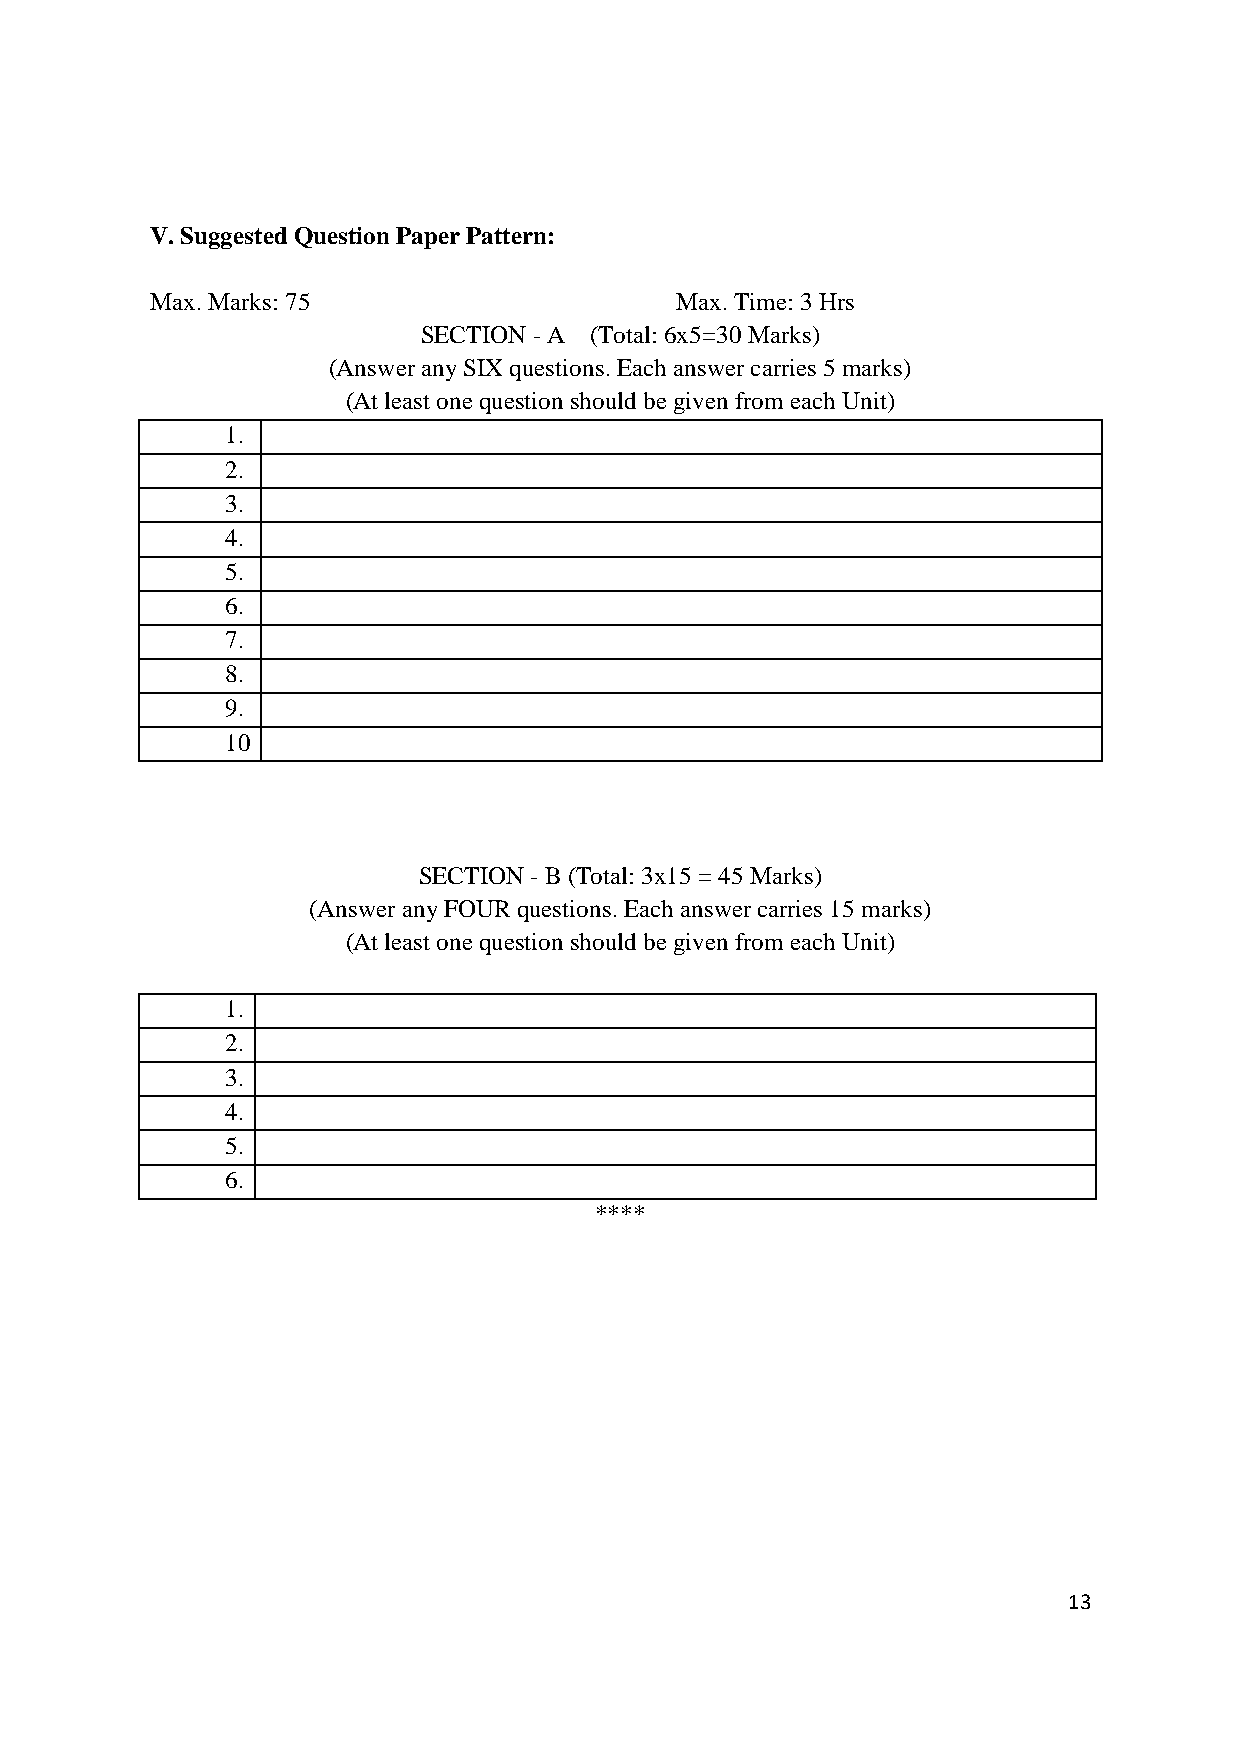
V. Suggested Question Paper Pattern:
 Max. Marks: 75                     Max. Time: 3 Hrs
 SECTION - A (Total: 6x5=30 Marks)
 (Answer any SIX questions. Each answer carries 5 marks)
 (At least one question should be given from each Unit)
 1.
 2.
 3.
 4.
 5.
 6.
 7.
 8.
 9.
 10
 SECTION - B (Total: 3x15 = 45 Marks)
 (Answer any FOUR questions. Each answer carries 15 marks)
 (At least one question should be given from each Unit)
 1.
 2.
 3.
 4.
 5.
 6.
 ****
 13